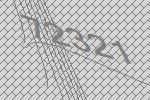
72321